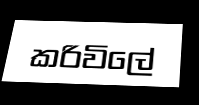
කරිවිලේ